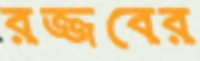
রজ্জবের